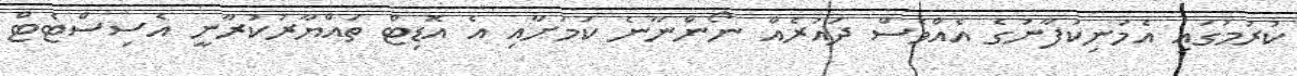
ކުރުމުގައި އެމަނިކުފާނުގެ އެއްވެސް ދައުރެއް ނޯންނާނެ ކަމަށާއި އެ އޮޑިޓް ތައްޔާރުކުރާނީ އެސިސްޓެޓް